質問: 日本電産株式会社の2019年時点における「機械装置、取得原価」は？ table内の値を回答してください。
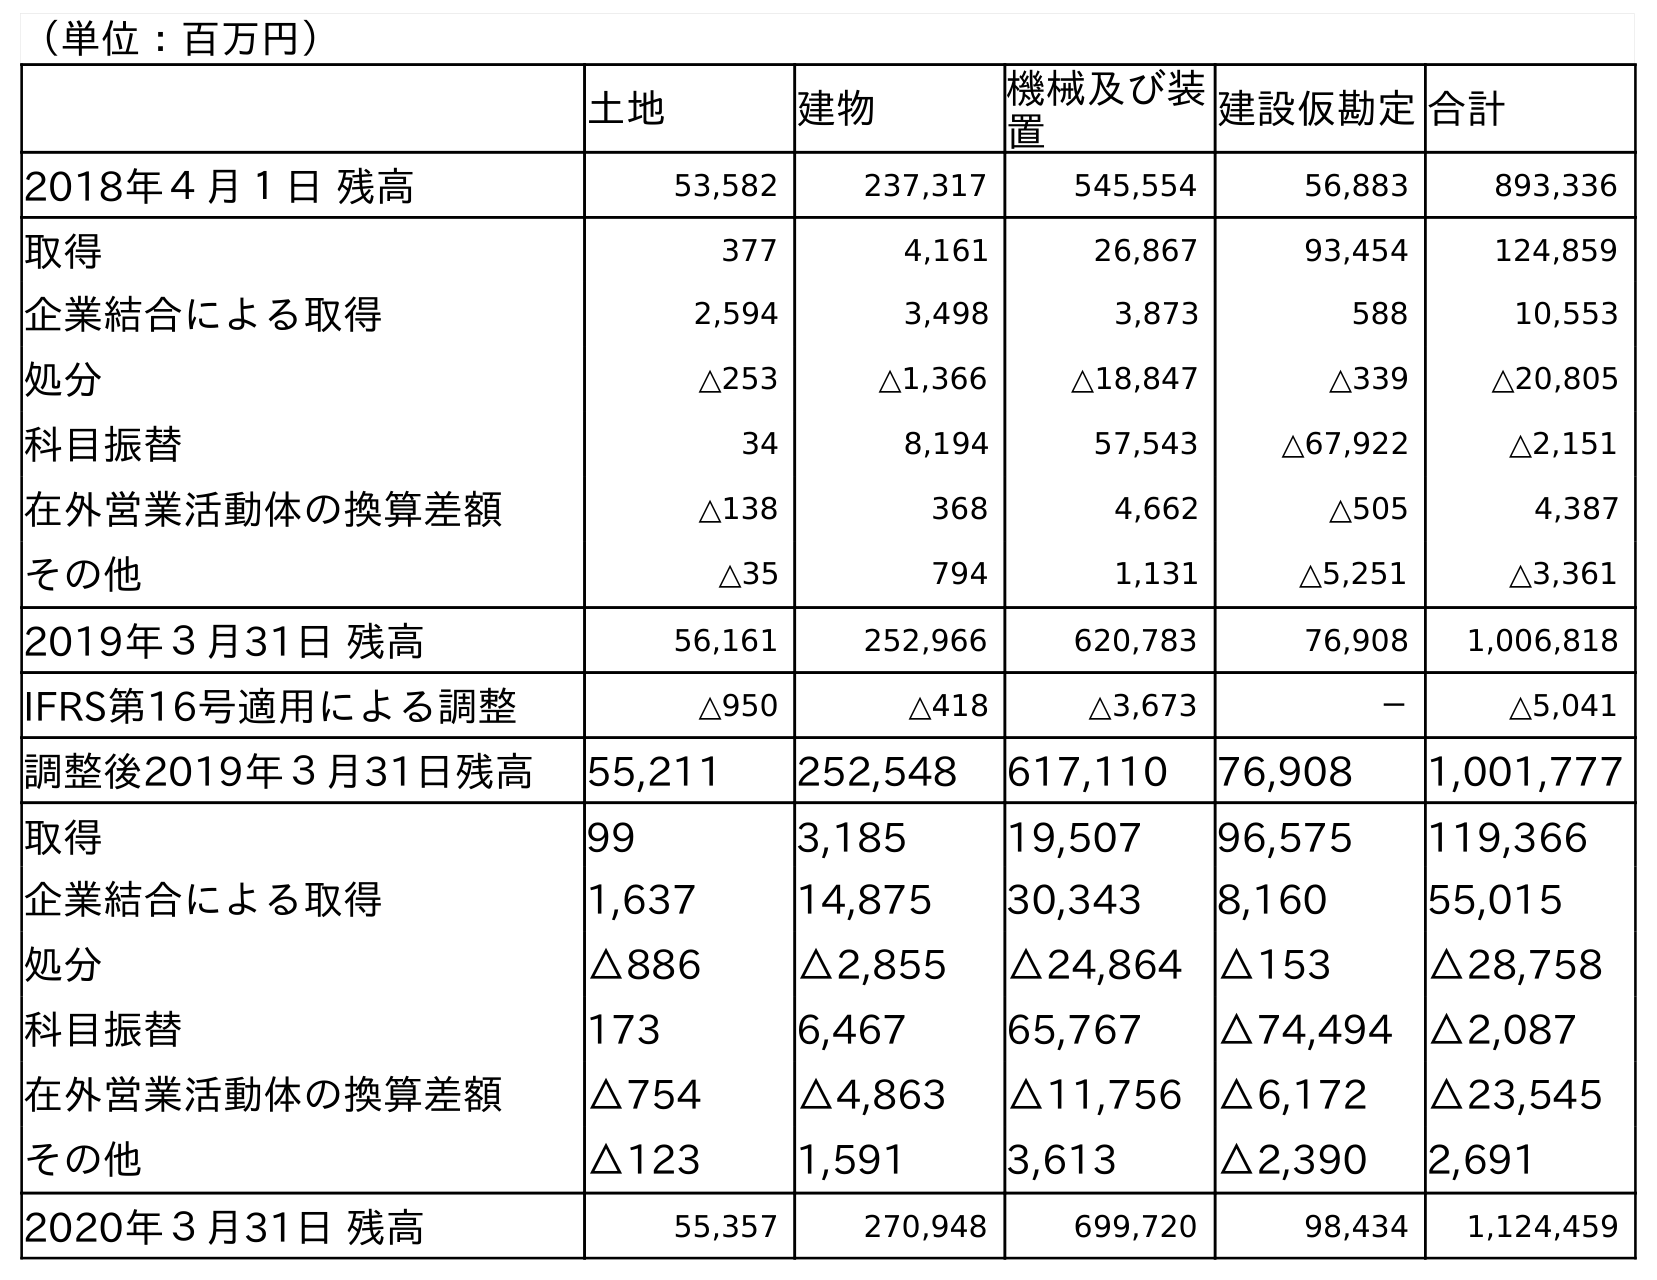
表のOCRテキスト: （単位：百万円） 土地 建物 機械及び装 置 建設仮勘定合計 2018年４月１日 残高 53,582 237,317 545,554 56,883 893,336 取得 377 4,161 26,867 93,454 124,859 企業結合による取得 2,594 3,498 3,873 588 10,553 処分 △253 △1,366 △18,847 △339 △20,805 科目振替 34 8,194 57,543 △67,922 △2,151 在外営業活動体の換算差額 △138 368 4,662 △505 4,387 その他 △35 794 1,131 △5,251 △3,361 2019年３月31日 残高 56,161 252,966 620,783 76,908 1,006,818 IFRS第16号適用による調整 △950 △418 △3,673 － △5,041 調整後2019年３月31日残高 55,211 252,548 617,110 76,908 1,001,777 取得 99 3,185 19,507 96,575 119,366 企業結合による取得 1,637 14,875 30,343 8,160 55,015 処分 △886 △2,855 △24,864 △153 △28,758 科目振替 173 6,467 65,767 △74,494 △2,087 在外営業活動体の換算差額 △754 △4,863 △11,756 △6,172 △23,545 その他 △123 1,591 3,613 △2,390 2,691 2020年３月31日 残高 55,357 270,948 699,720 98,434 1,124,459
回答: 620,783